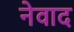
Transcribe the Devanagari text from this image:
नेवाद